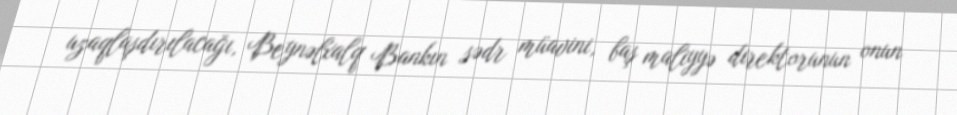
uzaqlaşdırılacağı, Beynəlxalq Bankın sədr müavini, baş maliyyə direktorunun onun